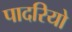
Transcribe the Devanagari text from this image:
पादरियो